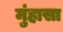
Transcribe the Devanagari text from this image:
मुंहासा